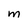
Character: M